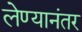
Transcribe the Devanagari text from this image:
लेण्यानंतर